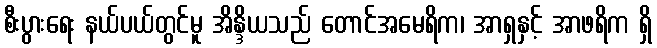
စီးပွားရေး နယ်ပယ်တွင်မူ အိန္ဒိယသည် တောင်အမေရိက၊ အာရှနှင့် အာဖရိက ရှိ